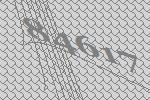
84617